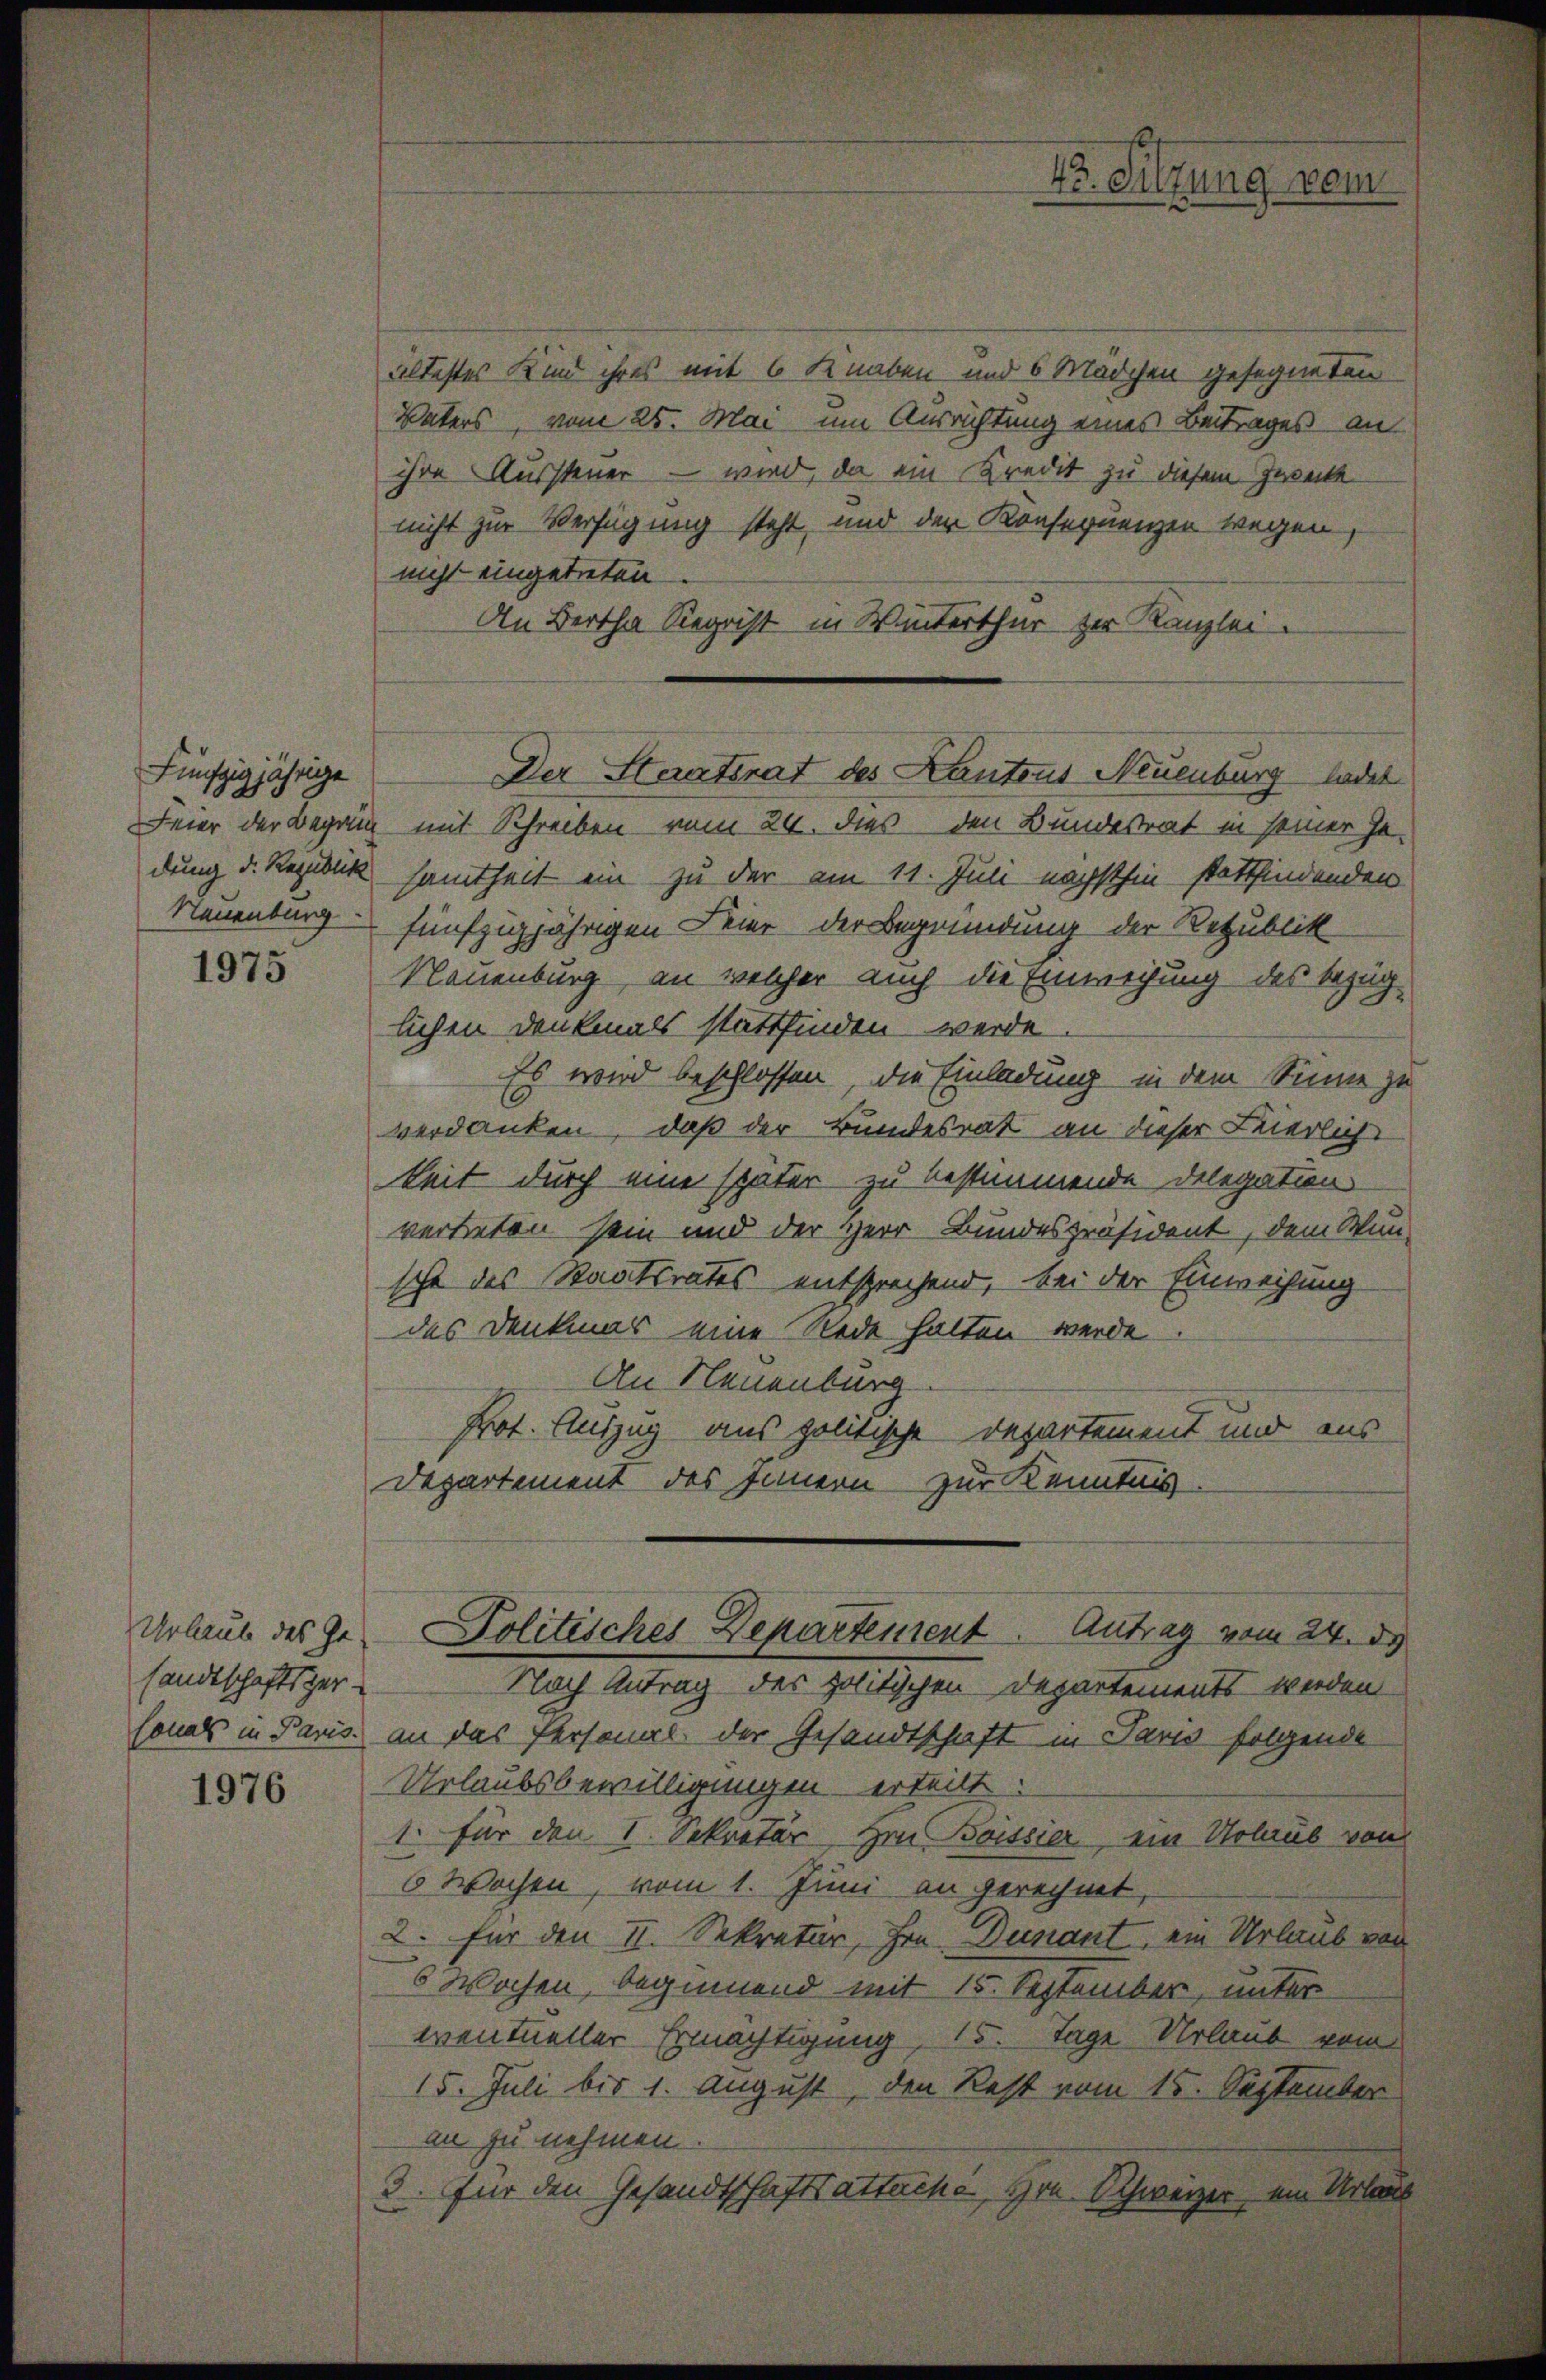
Fünfzigjährige
Neuenburg

1975

Urlaube des Gesandtschaftsgersonals in Paris.

1976

altestes Kind ihres mit 6 Knaben und 6 Mädchen gesegneten
Vaters, vom 25. Mai um Ausrichtung eines Beitrages an
ihre Aussteuer – wird, da ein Kredit zu diesem Zwecke
nicht zur Verfügung steht, und der Konsequenzen wegen,
nicht eingetreten
An Bertha Siegrist in Winterthur zur Kanzlei.
Feier der Begang mit Schreiben vom 24. dies den Bundesrat in seiner Ge-
dung d. Reziduk samtheit ein zu der am 11. Juli nächsthin stattfindenden
fünfzigjährigen Feier der Begründung der Republik
Neuenburg, an welcher auch die Einweihung des bezüglichen Denkmals stattfinden werde.
Es wird beschlossen, die Einladung in dem Sinne zu
verdanken, daß der Bundesrat an dieser Feierliche
keit durch eine später zu bestimmende Delegation
vertreten sein und der Herr Bundespräsident, dem Wun-
sche des Staatsrates entsprechend, bei der Einweisung
das Denkmar eine Rede halten werde.
An Neuenburg
Prot. Auszug aus politische Departement und aus
Departement des Innern zur Kenntnis
Politisches Departement. Antrag vom 24. d.
Nach Antrag des politischen Departements werden
an das Personal der Gesandtschaft in Paris folgende
Urlaubsbewilligungen erteilt.
1. Für den 1. Sekretär, Hrn. Bossier, ein Urlaub von
6 Wochen, vom 1. Juni an gerechnet,
2. für den II. Sekretär, Hrn. Dunant, ein Urlaub von
6 Wochen, beginnend mit 15. September, unter
eventueller Ermächtigung, 15. Tage Urlaub vom
15. Juli bis 1. August, den Rest vom 15. September
an zu nehmen
3. Für den Gesandtschaftsattache Hrn. Schweizer, ein Urbas

Vo. Sitzung ein

Der Staatsrat des Kantons Neuenburg ladet